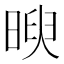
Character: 𣈵